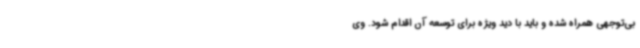
بی‌توجهی همراه شده و باید با دید ویژه برای توسعه آن اقدام شود. وی